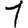
Digit: 1